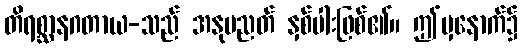
တိရစ္ဆာနဂတာယ-သည် အနုပညတ် နှစ်ပါးဖြစ်၏။ ဤမှနောက်၌